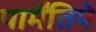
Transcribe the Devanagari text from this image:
पार्मेंतिये